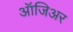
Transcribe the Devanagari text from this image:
ऑजिअर